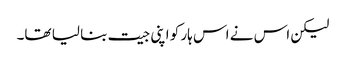
لیکن اس نے اس ہار کو اپنی جیت بنا لیا تھا۔